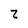
Character: Z